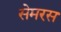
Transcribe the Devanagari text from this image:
सेमरस